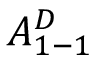
A _ { 1 - 1 } ^ { D }